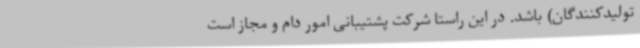
تولیدکنندگان) باشد. در این راستا شرکت پشتیبانی امور دام و مجاز است